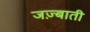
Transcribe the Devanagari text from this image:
जज़्बाती